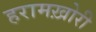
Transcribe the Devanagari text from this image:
हरामख़ोरी